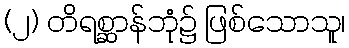
(၂) တိရစ္ဆာန်ဘုံ၌ ဖြစ်သောသူ၊